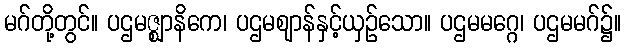
မဂ်တို့တွင်။ ပဌမဇ္ဈာနိကေ၊ ပဌမဈာန်နှင့်ယှဉ်သော။ ပဌမမဂ္ဂေ၊ ပဌမမဂ်၌။